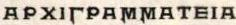
APXIΓPAMMATEIA